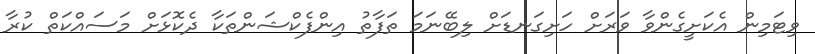
ވިޓަމިން އެކަށީގެންވާ ވަރަށް ހަށިގަނޑަށް ލިބޭނަމަ ތަފާތު އިންފެކްޝަންތަކާ ދެކޮޅަށް މަސައްކަތް ކުރާ